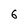
Character: 6